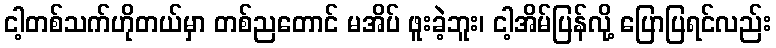
ငါ့တစ်သက်ဟိုတယ်မှာ တစ်ညတောင် မအိပ် ဖူးခဲ့ဘူး၊ ငါ့အိမ်ပြန်လို့ ပြောပြရင်လည်း